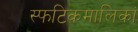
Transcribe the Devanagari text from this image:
स्फटिकमालिकां